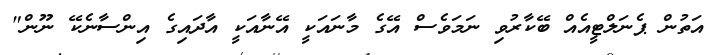
އަތުން ޕެނަލްޓީއެއް ބޭކާރުވި ނަމަވެސް އޭގެ މާނައަކީ އޭނާއަކީ އާދައިގެ އިންސާނެކޭ ނޫން"